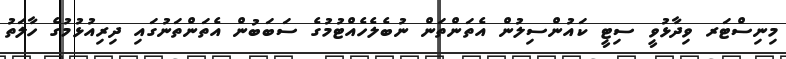
މިނިސްޓަރ ވިދާޅުވީ ސިޓީ ކައުންސިލުން އެތަންތަން ނުބެލެހެއްޓުމުގެ ސަބަބުން އެތަންތަނުގައި ދިރިއުޅުމުގެ ހާލަތު